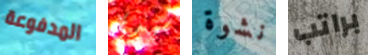
المدفوعة سيدي نشوة براتب